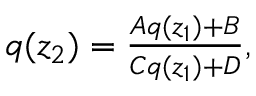
\begin{array} { r } { q ( z _ { 2 } ) = \frac { A q ( z _ { 1 } ) + B } { C q ( z _ { 1 } ) + D } , } \end{array}